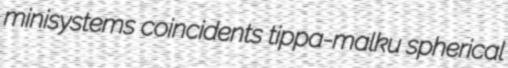
minisystems coincidents tippa-malku spherical